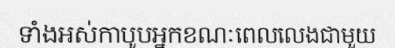
ទាំងអស់កាបូបអ្នកខណៈពេលលេងជាមួយ